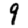
Digit: 9